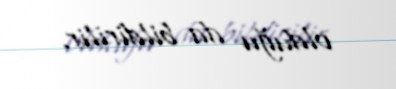
olduğu da bildirilir.